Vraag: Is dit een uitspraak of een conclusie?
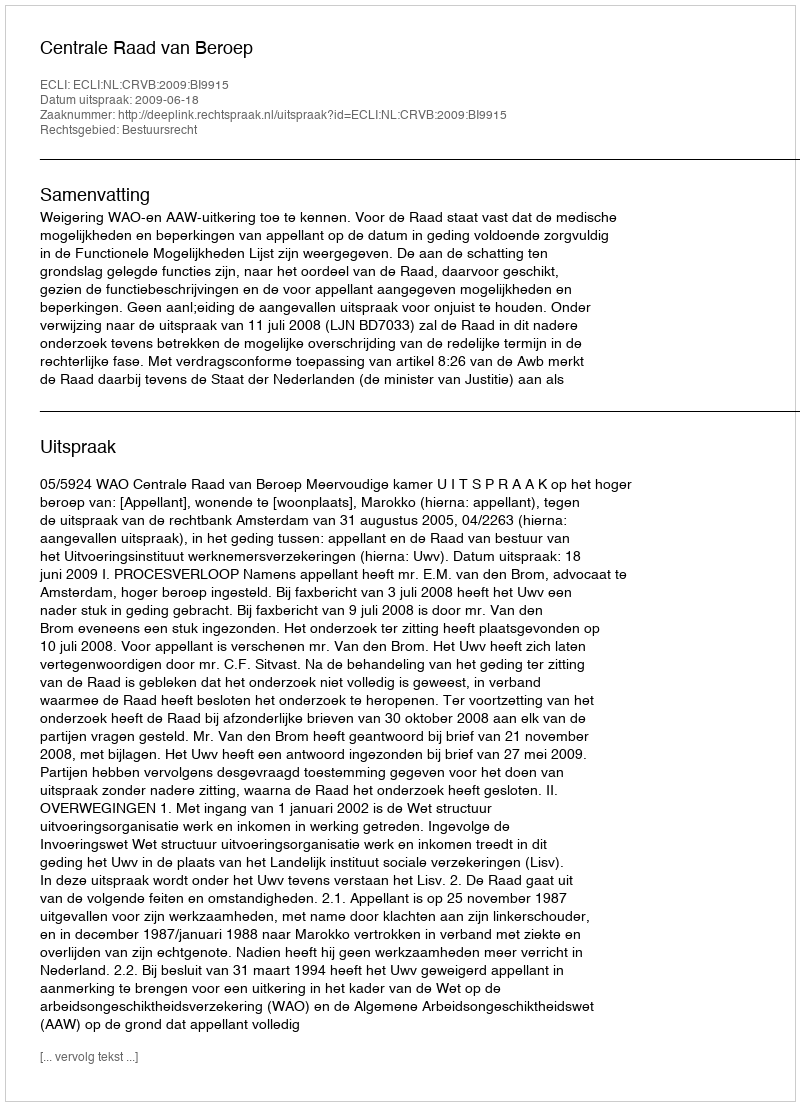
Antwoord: Uitspraak